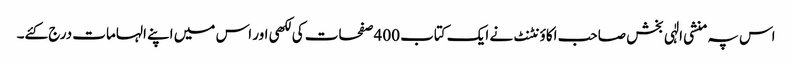
اس پہ منشی الٰہی بخش صاحب اکاؤنٹنٹ نے ایک کتاب 400 صفحات کی لکھی اور اس میں اپنے الہامات درج کئے۔